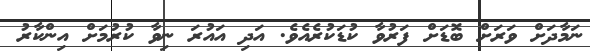
ނަމާދަށް ވަރަށް ބޮޑަށް ފަރުވާ ކުޑަކުރެއެވެ. އަދި އައުރަ ނިވާ ކުރުމަށް އިންކާރު